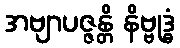
အဗျာပဇ္ဇန္တိ နိဗ္ဗုဒ္ဓံ